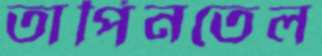
তার্পিনতেল